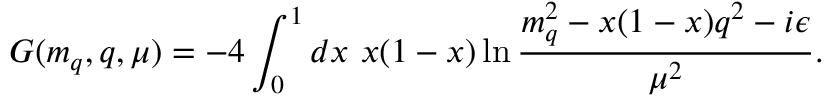
G ( m _ { q } , q , \mu ) = - 4 \int _ { 0 } ^ { 1 } d x ~ x ( 1 - x ) \ln \frac { m _ { q } ^ { 2 } - x ( 1 - x ) q ^ { 2 } - i \epsilon } { \mu ^ { 2 } } .